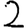
Digit: 2